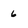
Character: 6